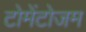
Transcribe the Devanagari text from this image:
टोमेंटोजम